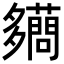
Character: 𧃪